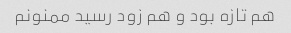
هم تازه بود و هم زود رسید ممنونم